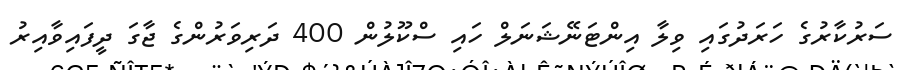
ސަރުކާރުގެ ހަރަދުގައި ވިލާ އިންޓަނޭޝަނަލް ހައި ސްކޫލުން 400 ދަރިވަރުންގެ ޖާގަ ދީފައިވާއިރު